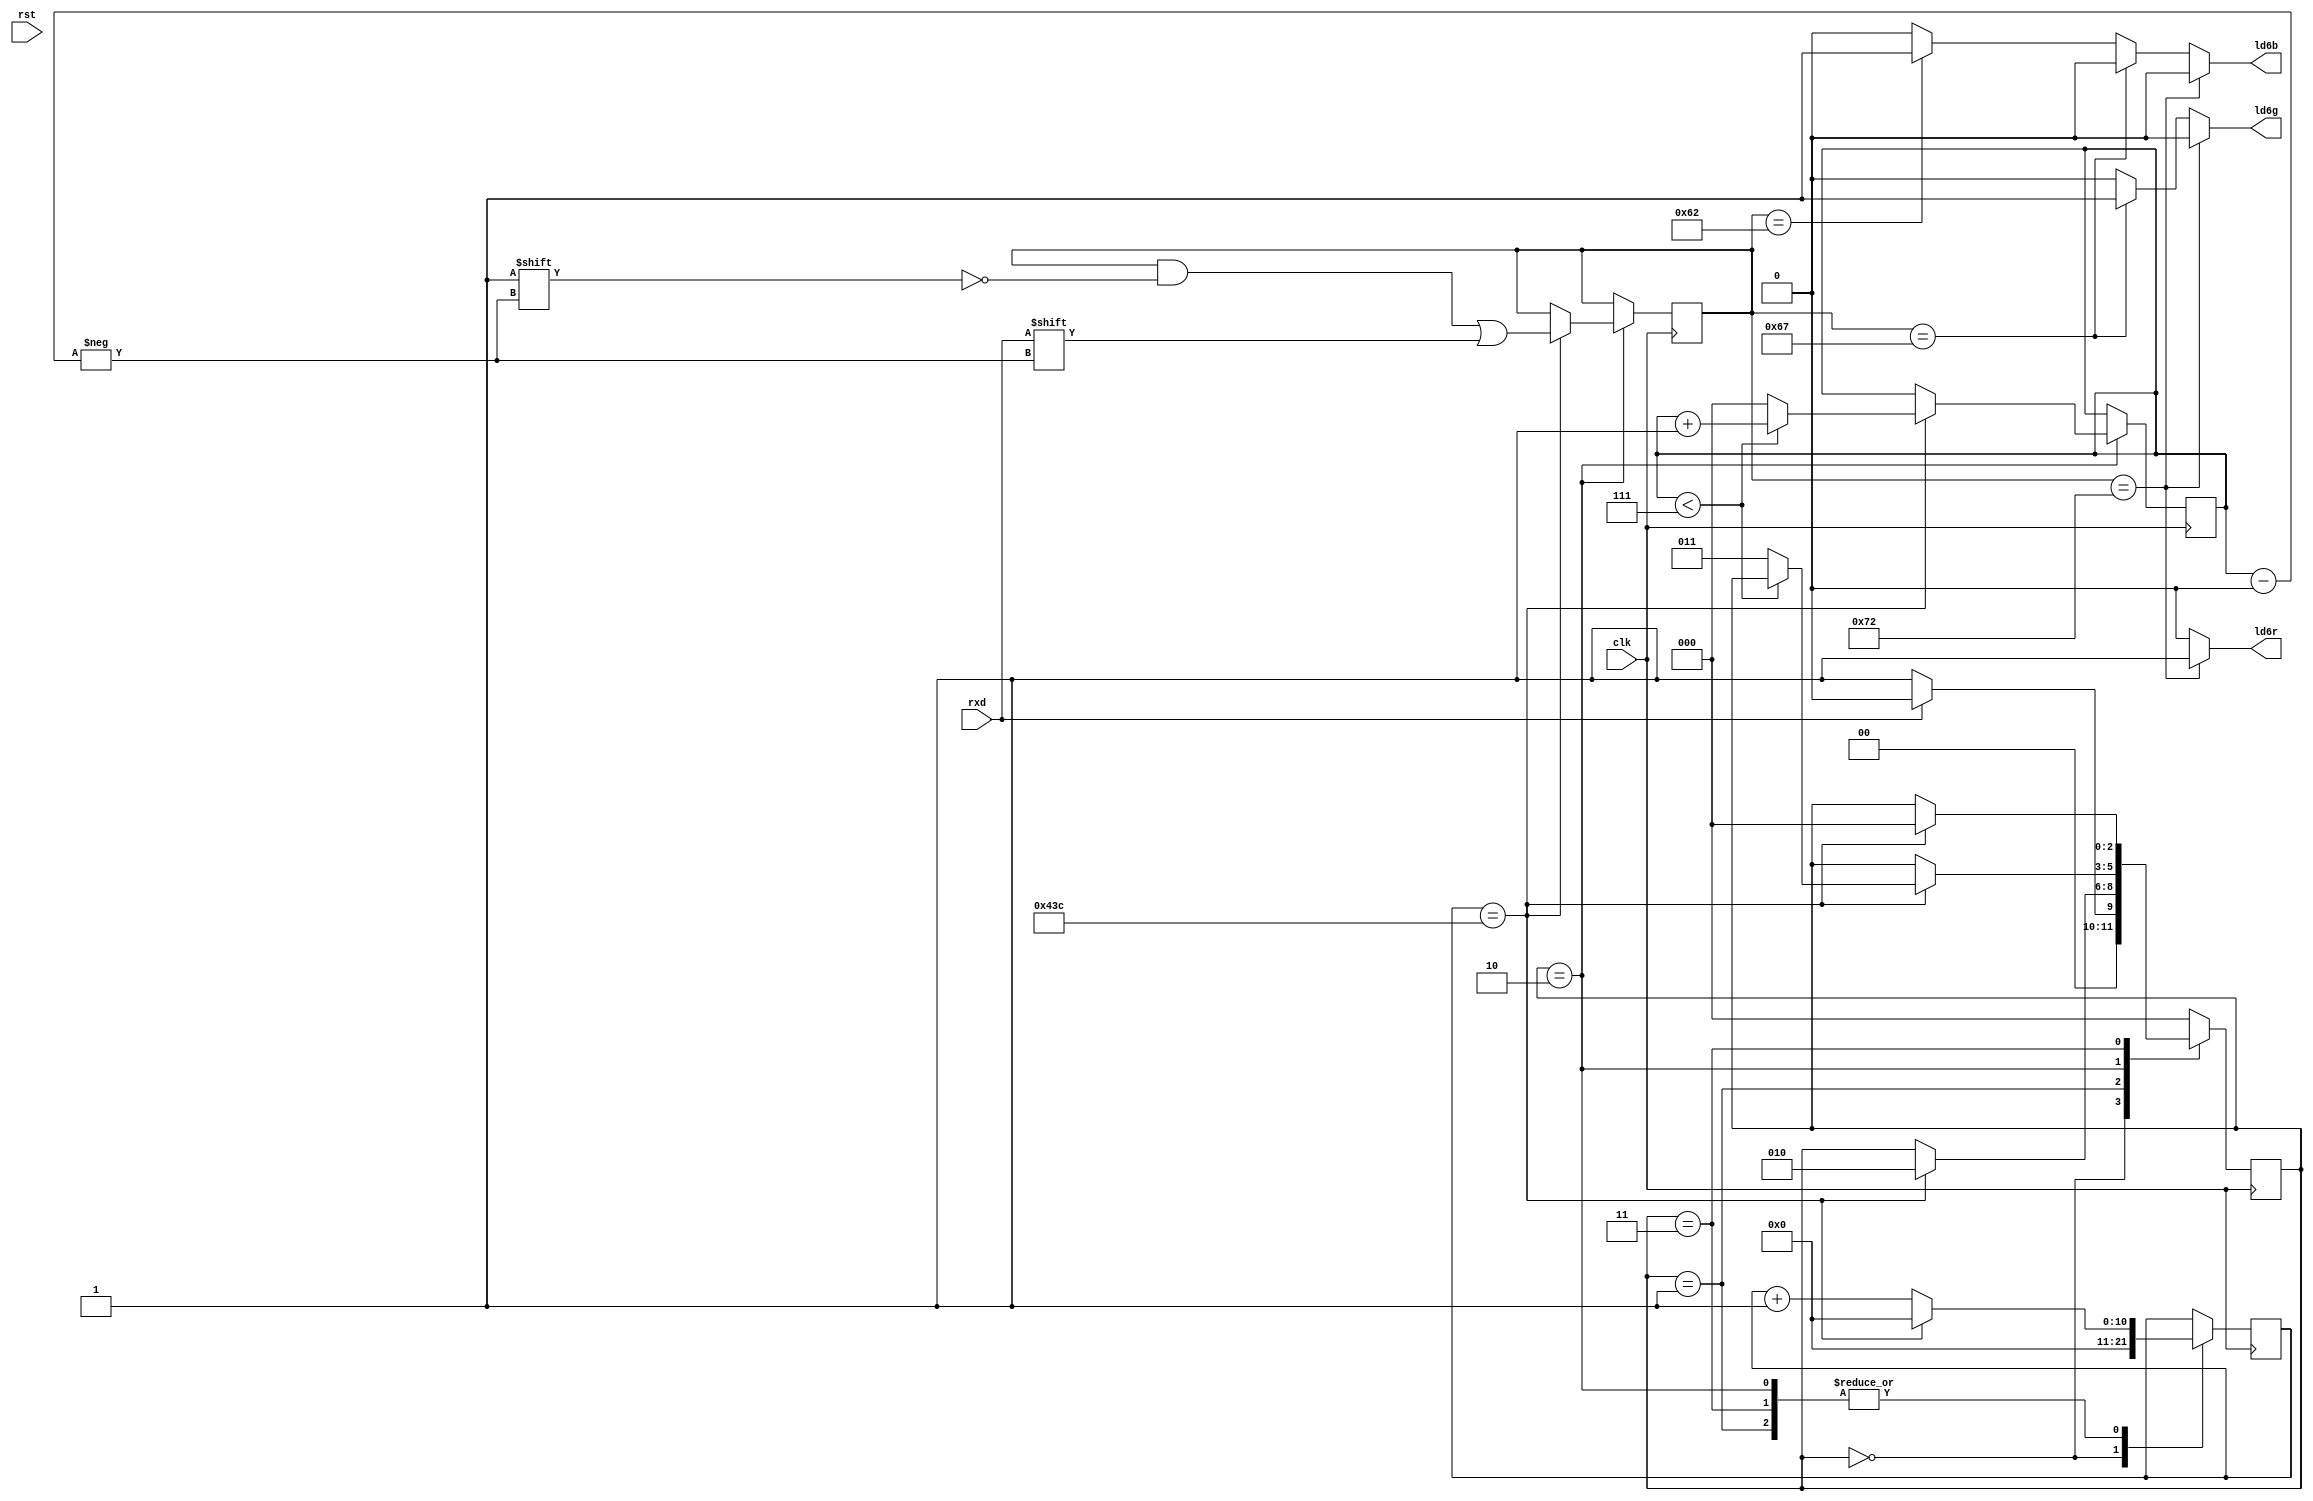
`timescale 1ns / 1ps
module top(clk, rst, rxd, ld6r, ld6g, ld6b) ;
input clk, rst, rxd;
output reg ld6r, ld6g, ld6b;

parameter IDLE_ST=3'b000,
          START_ST=3'b001,
          DATA_ST=3'b010,
          STOP_ST=3'b011;
          
reg rxclk;
reg [10:0] clk_cnt=0;//max : 542
reg rxd_in=1'b1;//1bit  1bit ,     
reg [2:0] rx_st=0;//max : 3
reg d;
reg [2:0] rx_index=0;//max : 7
reg [7:0] rxd_result=0;//   

//clk  rxd   rx_data 
always @* begin
    rxd_in<=rxd;
end

//data  
always@(posedge clk)// 
begin
    case(rx_st)
    IDLE_ST :
        begin 
            d <= 1;//    1    IDLE_ST
            clk_cnt <= 0;
            
            if(rxd_in == 1'b0)
            begin
                rx_st <= START_ST;//   START_ST
            end
            else
                rx_st <= IDLE_ST;//
        end//clk   
        
    START_ST :
        begin
            d <= 0;//start bit
            if(clk_cnt == 1084)
            begin
                clk_cnt<=0;
                rx_st<=DATA_ST;//   data 
            end
            else
                clk_cnt <= clk_cnt +1;
        end
        
    DATA_ST :
        begin
            d <= rxd_in;// 
            if(clk_cnt == 1084)
            begin//      
                clk_cnt<=0;
                rxd_result[rx_index] <= rxd_in;
                
                if(rx_index < 7)
                begin
                    rx_index <= rx_index + 1;
                end
                else
                begin
                    rx_index <= 0;
                    rx_st<=STOP_ST;
                end
            end
            else
                clk_cnt <= clk_cnt +1;
        end
        
    STOP_ST : 
        begin
            d<=1'b1;//stop bit
            if(clk_cnt == 1084)
            begin
                clk_cnt<=0;
                rx_st<=IDLE_ST;
            end
            else
                clk_cnt <= clk_cnt +1;
        end
             
    default :
        rx_st <= IDLE_ST;
        
    endcase
end

always@(rxd_result)
begin
if(rxd_result == 8'h72)
begin
    ld6r<=1;
    ld6g<=0;
    ld6b<=0;
end
else if(rxd_result == 8'h67)
begin
    ld6r<=0;
    ld6g<=1;
    ld6b<=0;
end
else if(rxd_result == 8'h62)
begin
    ld6r<=0;
    ld6g<=0;
    ld6b<=1;
end
else
begin
    ld6r<=0;
    ld6g<=0;
    ld6b<=0;
end
end

endmodule